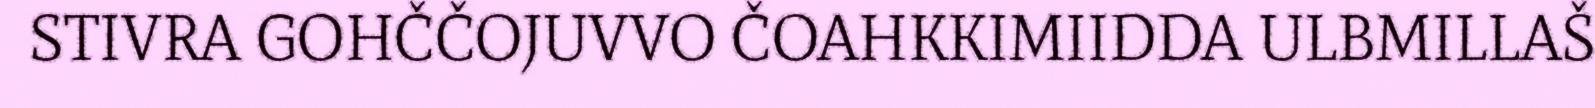
STIVRA GOHČČOJUVVO ČOAHKKIMIIDDA ULBMILLAŠ